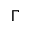
\Gamma